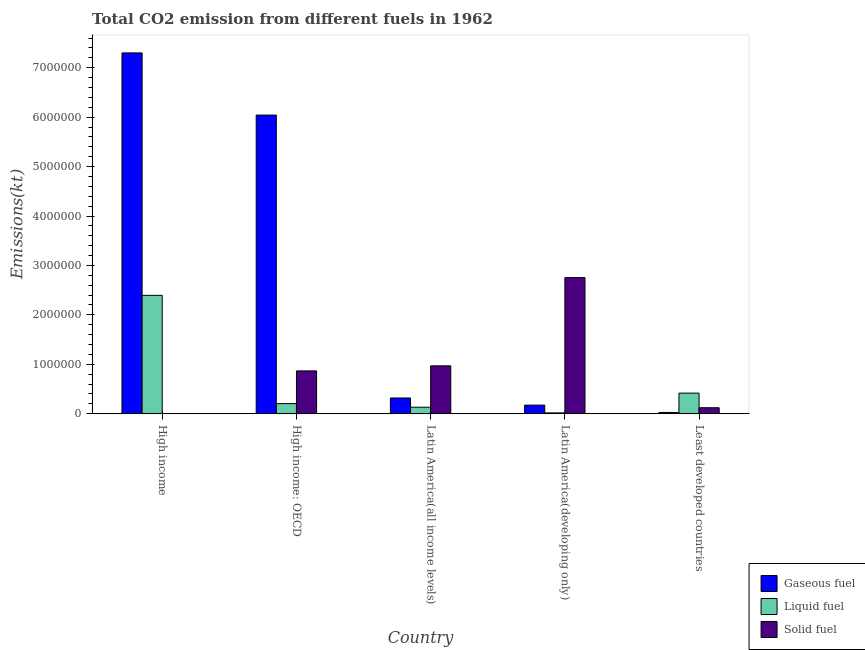
| Country | Gaseous fuel | Liquid fuel | Solid fuel |
 | --- | --- | --- | --- |
 | High income | 7.3e+06 | 2.39e+06 | 3.31e+03 |
 | High income: OECD | 6.04e+06 | 2.05e+05 | 8.67e+05 |
 | Latin America(all income levels) | 3.19e+05 | 1.32e+05 | 9.69e+05 |
 | Latin America(developing only) | 1.74e+05 | 1.75e+04 | 2.75e+06 |
 | Least developed countries | 2.58e+04 | 4.17e+05 | 1.22e+05 |